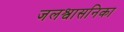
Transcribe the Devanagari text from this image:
जलश्वासनिका